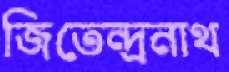
জিতেন্দ্রনাথ